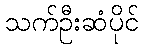
သက်ဦးဆံပိုင်